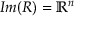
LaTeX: I m ( R ) = \mathbb { R } ^ { n }